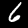
Digit: 6